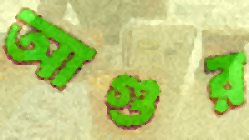
আগুর